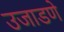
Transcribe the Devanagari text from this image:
उजाडणे